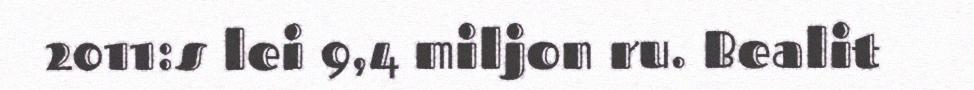
2011:s lei 9,4 miljon ru. Bealit